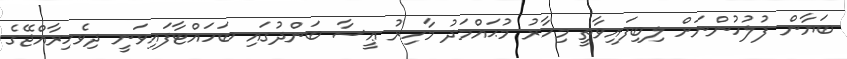
ބަޔާން ފުލުހުންނަށް ލިބިފައިވާތީ މިހާރު މުޙައްމަދު މާހިރު ޢީސާ ބަންދުގައި ބަހައްޓާފައިވަނީ ދިވެހިރާއްޖޭގެ